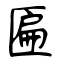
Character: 匾